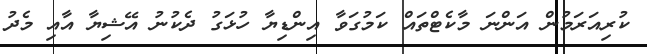
ކުރިއަރަމުން އަންނަ މާކެޓްތައް ކަމުގަވާ އިންޑިޔާ ހުޅަގު ދެކުނު އޭޝިޔާ އާއި މެދު